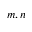
m , n